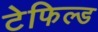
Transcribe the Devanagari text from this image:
टेफिल्ड